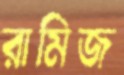
রামিজ